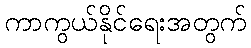
ကာကွယ်နိုင်ရေးအတွက်